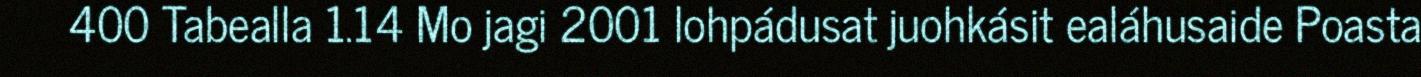
400 Tabealla 1.14 Mo jagi 2001 lohpádusat juohkásit ealáhusaide Poasta